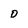
Character: o